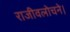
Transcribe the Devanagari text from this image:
राजीवलोचने।